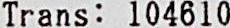
TRANS : 104610